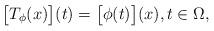
LaTeX: \begin{align*}\bigl[T_\phi(x)\bigr](t) = \bigl[\phi(t)\bigr](x),t\in\Omega,\end{align*}